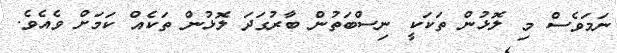
ނަމަވެސް މި ލޮޅުން ތަކަކީ ނިސްބަތުން ބާރުގަދަ ލޮޅުން ތަކެއް ކަމަށް ވެއެވެ.